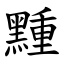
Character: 䵯